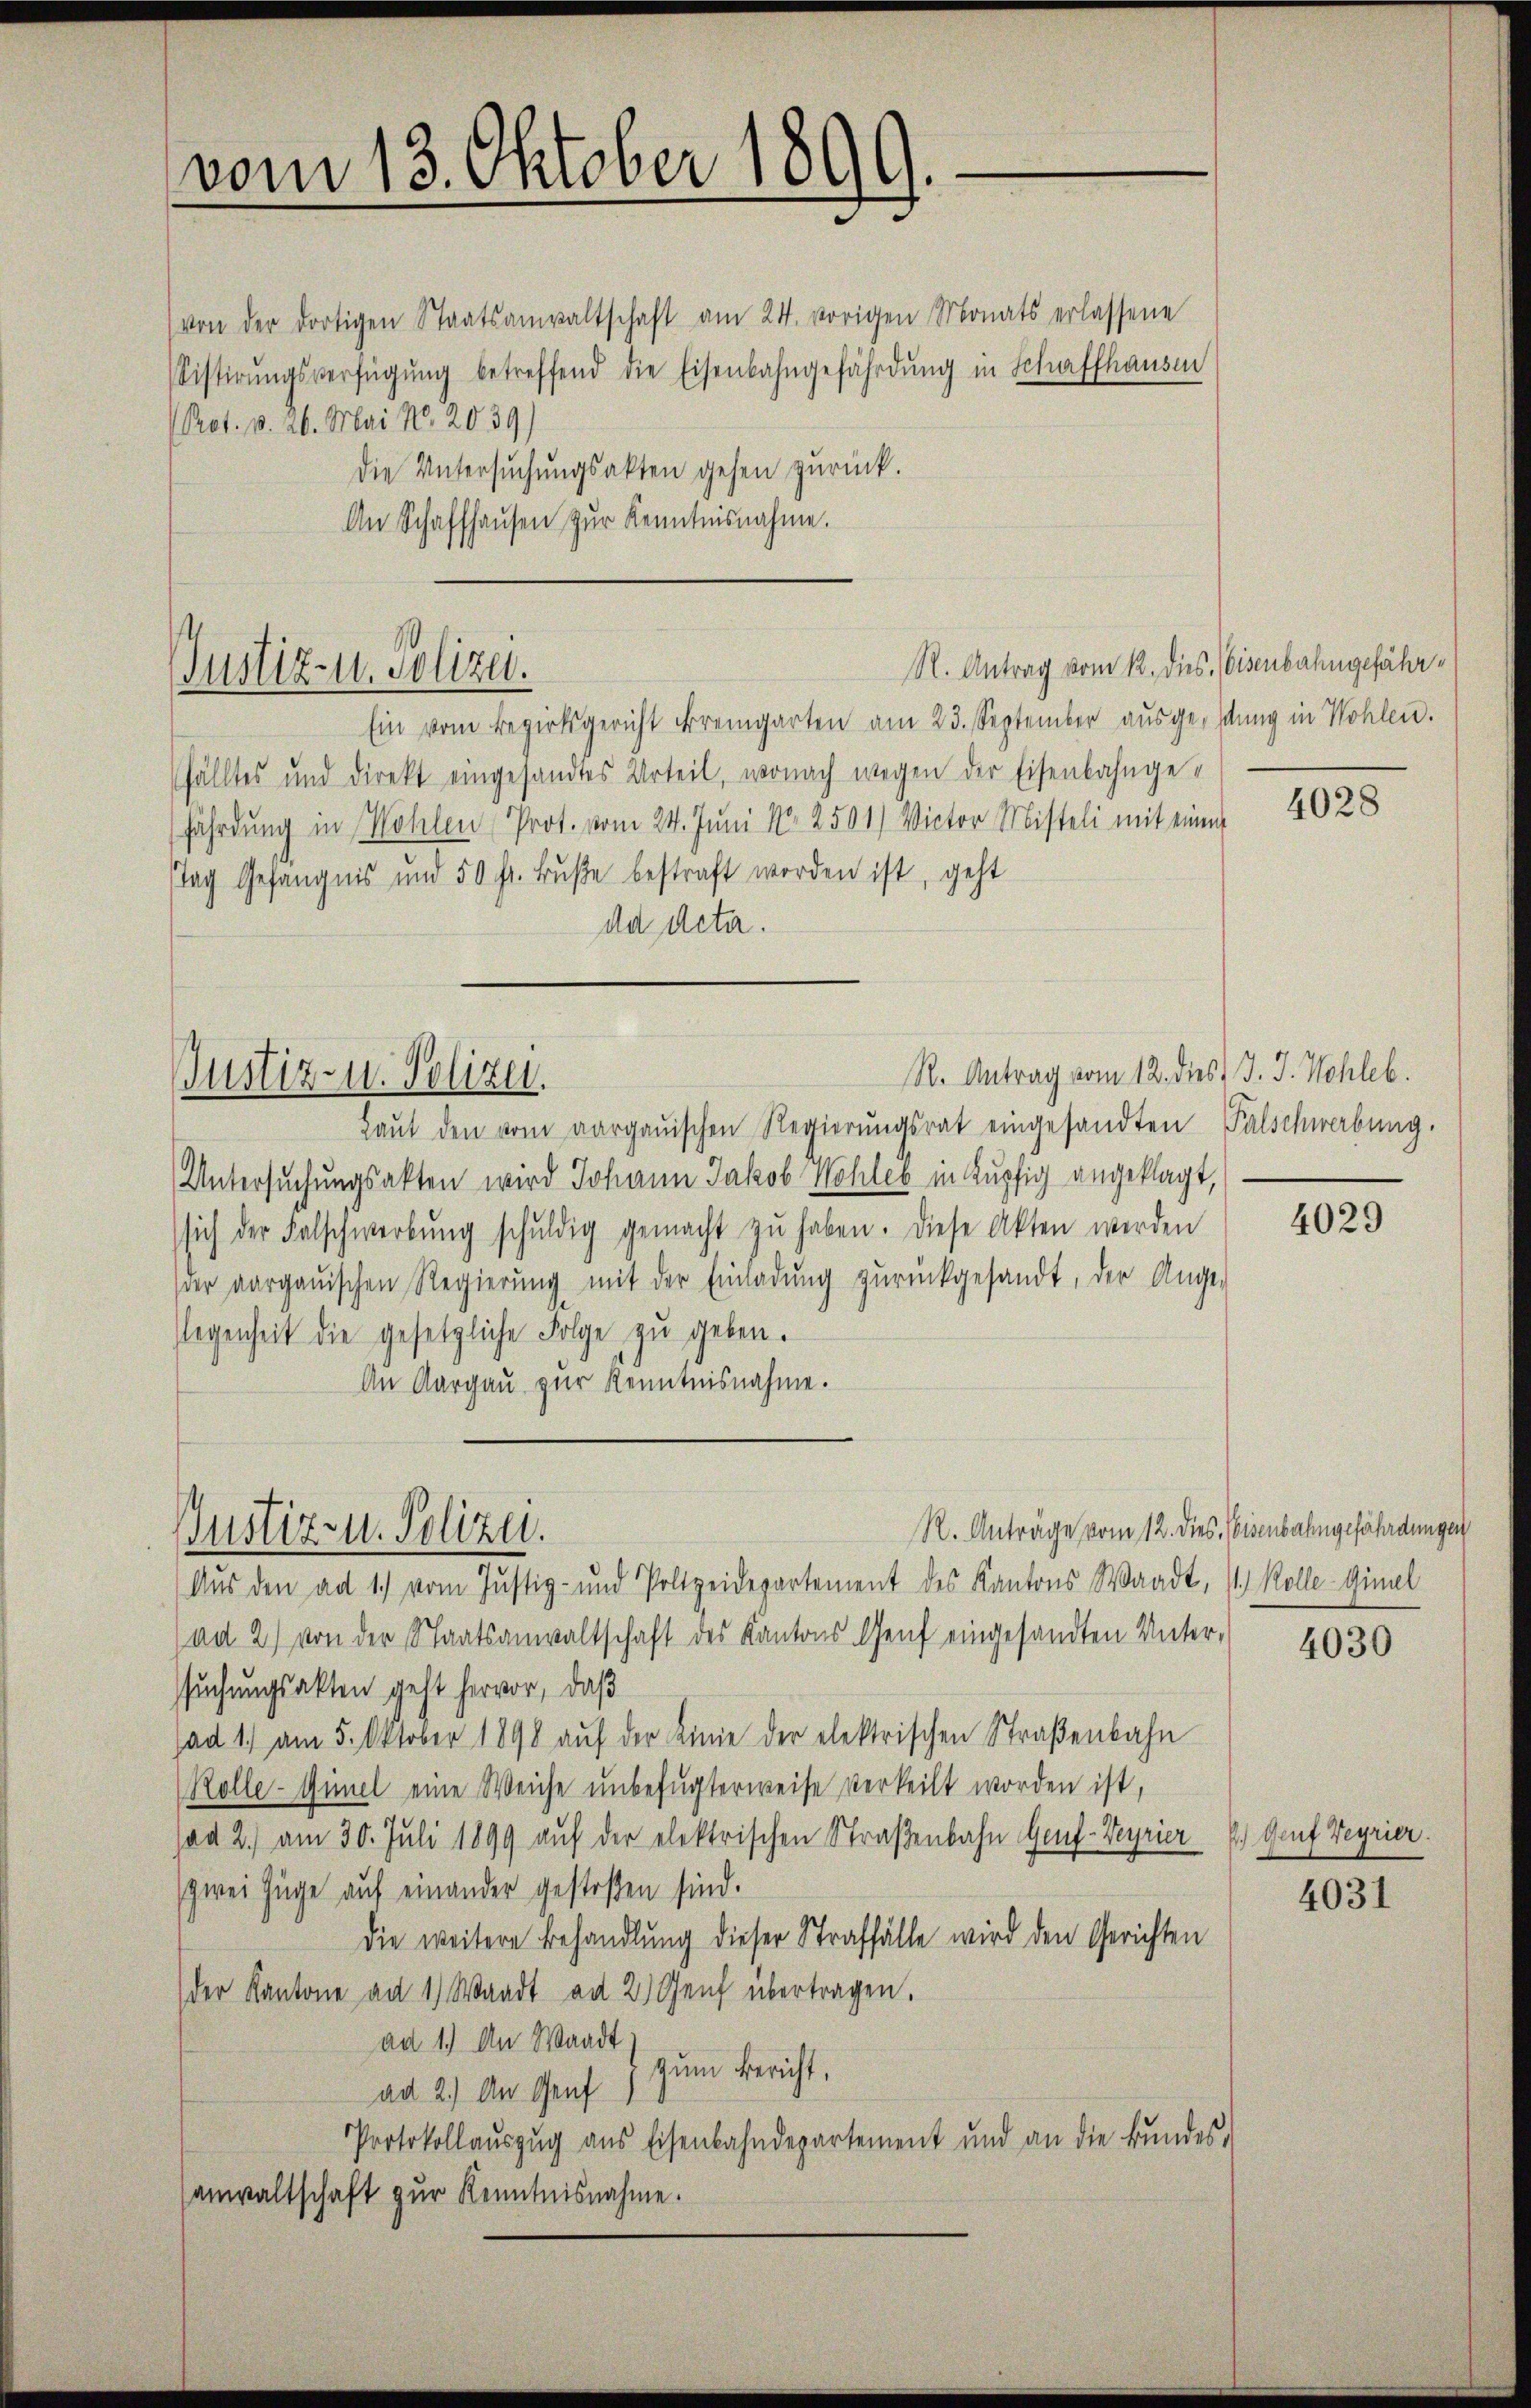
vom 13. Oktober 1899.

(von der dortigen Staatsanwaltschaft am 24. vorigen Monats erlassene
sistirŭngsverfügŭng betreffend die Eisenbahngefährdŭng in Schaffhausen
Prot. v. 26. Mai No 2039)
die Untersuchungsakten gehen zurück.
An Schaffhaŭsen zŭr Kenntnisnahme.

Justiz- u. Polizei.

Justiz- u. Polizei.

R. Antrag vom 12. dies Eisenbahngefähr¬

Ein vom Bezirksgericht fremgarten am 23. September aŭsgesung in Wohlen.
fälltes und direkt eingesandtes Urteil, wonach wegen der Eisenbahngefährdung in Wohlen Prot. vom 24. Juni N. 2501) Victor Mitteli mit einem
stag Gefängnis und 50 fr. Buße bestraft worden ist, geht
da deta.
R. Antrag vom 12. dies J. J. Schleb.
Laŭt den vom aargauischen Regierŭngsrat eingesandten Falschwerbung.
Untersŭchŭngsakten wird Johann Jakob Kohles in Kupfig angeklagt,
sich der Falschwerbŭng schŭldig gemacht zŭ haben. Diese Akten werden
der aargauischen Regierŭng mit der Einladŭng zŭrückgesandt, der Ange-
Gegenheit die gesetzliche Folge zu geben.
An Aargau zur Kenntnisnahme.
R. Anträge vom 12. dies, Eisenbahngefährdungen
Justiz- u. Polizei.
Aŭs den ad 1. vom Justiz- und Polizeidepartement des Kantons Waadt, 1 Kolleginel
ad 2) von der Staatsanwaltschaft des Kantons Genf eingesandten Unter-
ssuchungsakten geht hervor, daß
ad 1) am 5. Oktober 1898 aŭf der Linie der elektrischen Straßenbahn
Rolle - Himel eine Weiche unbefugterweise verteilt worden ist,
ad 2.) am 30. Juli 1899 auf der elektrischen Straßenbahn Genf-Veyrier
zwei Züge auf einander gestoßen sind.
die weitere Behandlung dieser Straffälle wird den Gerichten
der Kantone an 1) Waadt ad 2. Genf übertragen.
ad 1.) An Waadt
ad 2.) An Genf 7 zum Bericht,
Protokollaŭszŭg aŭs Eisenbahndepartement und an die Bŭndes,
anwaltschaft zur Kenntnisnahme.

4028

4029

4030

2.) Genf Begrier.

4031